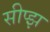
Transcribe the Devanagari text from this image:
सीप्झ